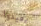
يعيدوا